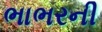
ભાભરની